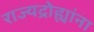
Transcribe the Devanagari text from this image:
राज्यद्रोह्यांना